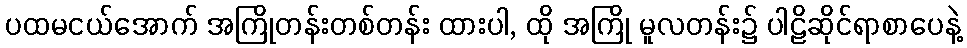
ပထမငယ်အောက် အကြိုတန်းတစ်တန်း ထားပါ, ထို အကြို မူလတန်း၌ ပါဠိဆိုင်ရာစာပေနဲ့